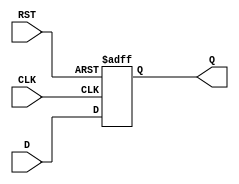
module DFF (
    input D, // data input
    input CLK, // clock input
    input RST, // asynchronous reset input
    output reg Q // output
);

always @(posedge CLK or posedge RST) begin
    if (RST) begin
        Q <= 0; // reset output to 0
    end else begin
        Q <= D; // transfer data input to output at rising edge of clock
    end
end

endmodule